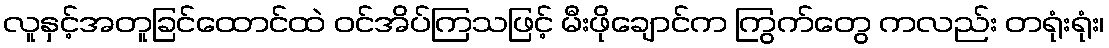
လူနှင့်အတူခြင်ထောင်ထဲ ဝင်အိပ်ကြသဖြင့် မီးဖိုချောင်က ကြွက်တွေ ကလည်း တရုံးရုံး၊